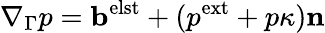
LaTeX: \nabla_{\Gamma}p=\mathbf b^{\mathrm{elst}}+(p^{\mathrm{ext}}+p\kappa)\mathbf n